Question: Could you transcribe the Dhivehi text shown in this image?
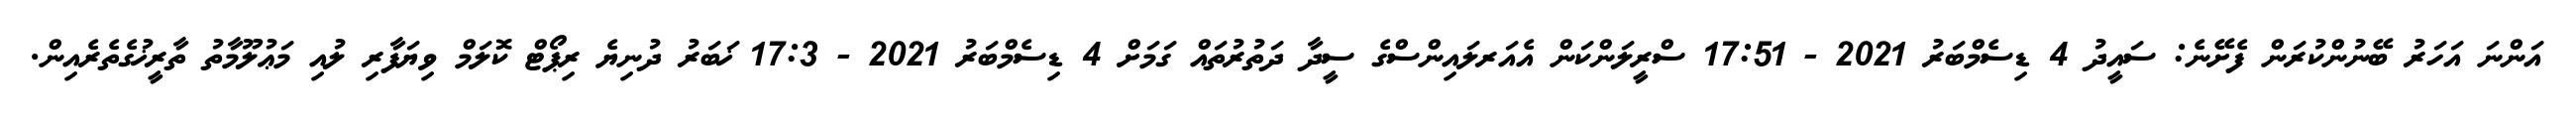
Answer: އަންނަ އަހަރު ބޭނުންކުރަން ފެށޭނެ: ސައީދު 4 ޑިސެމްބަރު 2021 - 17:51 ސްރީލަންކަން އެއަރލައިންސްގެ ސީދާ ދަތުރުތައް ގަމަށް 4 ޑިސެމްބަރު 2021 - 17:3 ޚަބަރު ދުނިޔެ ރިޕޯޓް ކޮލަމް ވިޔަފާރި ލުއި މަޢުލޫމާތު ތާރީޚުގެތެރެއިން.